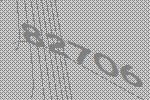
82706